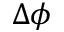
\Delta \phi